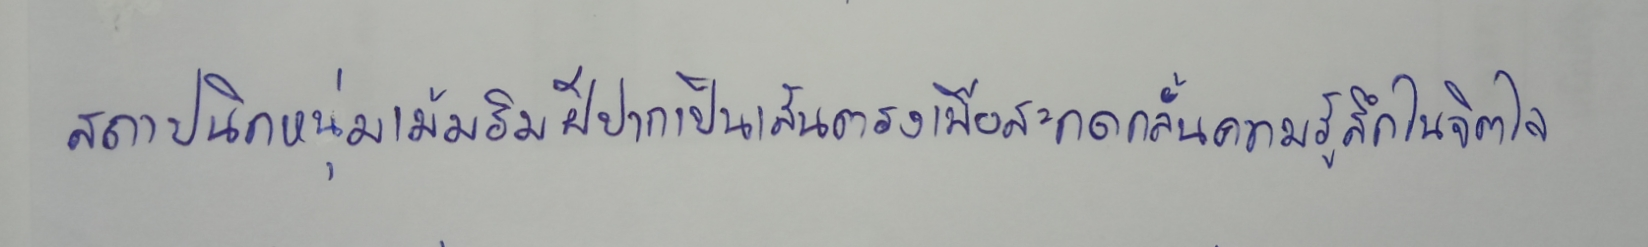
สถาปนิกหนุ่มเม้มริมฝีปากเป็นเส้นตรงเพื่อสะกดกลั้นความรู้สึกในจิตใจ